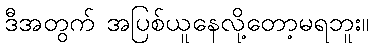
ဒီအတွက် အပြစ်ယူနေလို့တော့မရဘူး။